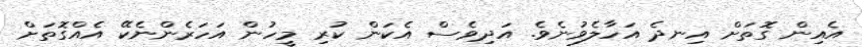
އެއިން ގޮތަށް އިނދެ އަހާލެވުނެވެ. އަދިވެސް އެކަން ކުރި މީހުން އަހަރެންނެކޭ އެއްގޮތަށް